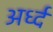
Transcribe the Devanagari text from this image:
अर्ध्द